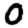
Digit: 0